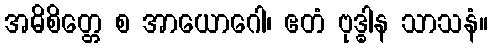
အဓိစိတ္တေ စ အာယောဂေါ၊ ဧတံ ဗုဒ္ဓါန သာသနံ။